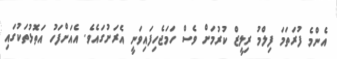
އެންމެ ފުރަތަމަ ފިލްމު ރިލީޒް ކުރުމަށް ވެސް ހަމަޖެހިފައިވަނީ އެރަށުގައެވެ. އެއަށްފަހު އަތޮޅުތަކުގައި